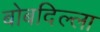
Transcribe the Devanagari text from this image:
बोबदिल्ला